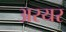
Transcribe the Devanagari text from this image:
अरयर